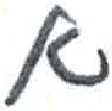
אות: א